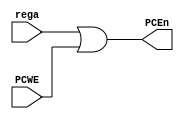
`timescale 1ns / 1ps
//////////////////////////////////////////////////////////////////////////////////
// Company: 
// Engineer: 
// 
// Design Name: 
// Module Name: Or
// Project Name: 
// Target Devices: 
// Tool Versions: 
// Description: 
// 
// Dependencies: 
// 
// Revision:
// Revision 0.01 - File Created
// Additional Comments:
// 
//////////////////////////////////////////////////////////////////////////////////


module Or(input rega, PCWE, output reg PCEn);
always@(*) begin
PCEn <= rega|PCWE;
end
endmodule